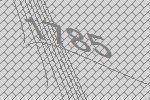
1785